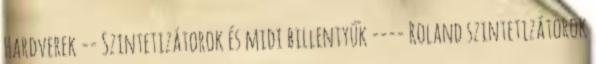
Hardverek -- Szintetizátorok és midi billentyűk ---- Roland szintetizátorok